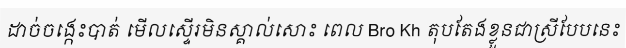
ដាច់ចង្កេះបាត់ មើលស្ទើរមិនស្គាល់សោះ ពេល Bro Kh តុបតែងខ្លួនជាស្រីបែបនេះ